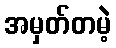
အမှတ်တမဲ့